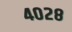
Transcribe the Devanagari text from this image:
४०२८